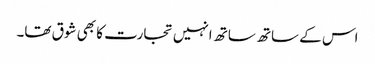
اس کے ساتھ ساتھ انہیں تجارت کا بھی شوق تھا۔